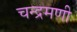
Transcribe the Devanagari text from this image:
चन्द्रमणी